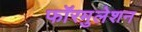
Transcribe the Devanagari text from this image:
फॉरमुलेशन